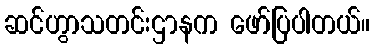
ဆင်ဟွာသတင်းဌာနက ဖော်ပြပါတယ်။